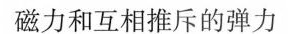
磁力和互相排斥的弹力